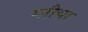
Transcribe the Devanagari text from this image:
ग्लौचा